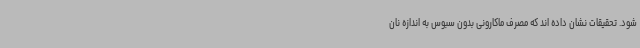
شود. تحقیقات نشان داده اند که مصرف ماکارونی بدون سبوس به اندازه نان